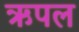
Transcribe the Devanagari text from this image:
ऋपल